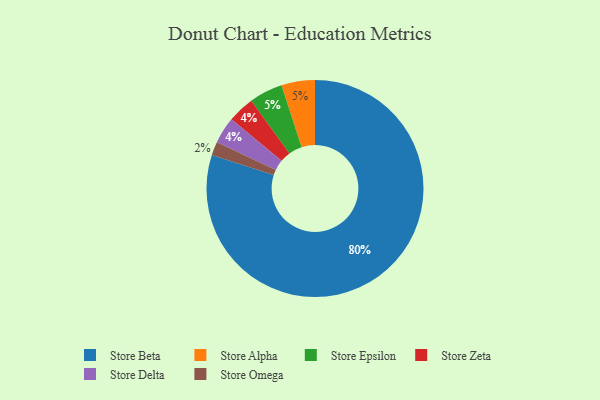
{"axis": {"x": "Category", "y": "Percentage"}, "legend": ["Store Alpha", "Store Beta", "Store Delta", "Store Epsilon", "Store Omega", "Store Zeta"], "data": [{"x": "Store Zeta", "y": 4, "type": "Store Zeta"}, {"x": "Store Beta", "y": 80, "type": "Store Beta"}, {"x": "Store Delta", "y": 4, "type": "Store Delta"}, {"x": "Store Omega", "y": 2, "type": "Store Omega"}, {"x": "Store Alpha", "y": 5, "type": "Store Alpha"}, {"x": "Store Epsilon", "y": 5, "type": "Store Epsilon"}]}